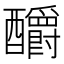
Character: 釂